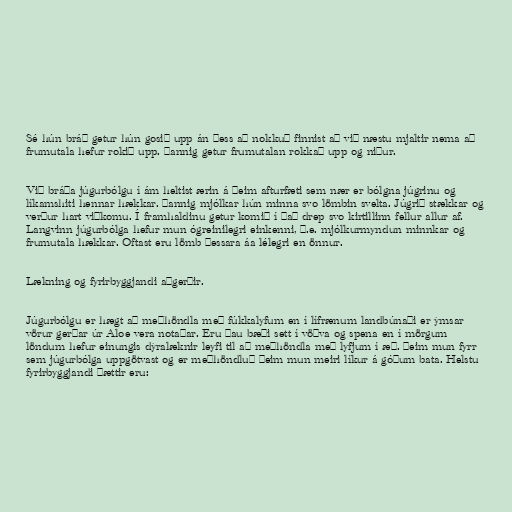
Sé hún bráð getur hún gosið upp án þess að nokkuð finnist að við næstu mjaltir nema að
frumutala hefur rokið upp. Þannig getur frumutalan rokkað upp og niður.

Við bráða júgurbólgu í ám heltist ærin á þeim afturfæti sem nær er bólgna júgrinu og
líkamshiti hennar hækkar. Þannig mjólkar hún minna svo lömbin svelta. Júgrið stækkar og
verður hart viðkomu. Í framhaldinu getur komið í það drep svo kirtillinn fellur allur af.
Langvinn júgurbólga hefur mun ógreinilegri einkenni, þ.e. mjólkurmyndun minnkar og
frumutala hækkar. Oftast eru lömb þessara áa lélegri en önnur.

Lækning og fyrirbyggjandi aðgerðir.

Júgurbólgu er hægt að meðhöndla með fúkkalyfum en í lífrænum landbúnaði er ýmsar
vörur gerðar úr Aloe vera notaðar. Eru þau bæði sett í vöðva og spena en í mörgum
löndum hefur einungis dýralæknir leyfi til að meðhöndla með lyfjum í æð. Þeim mun fyrr
sem júgurbólga uppgötvast og er meðhöndluð þeim mun meiri líkur á góðum bata. Helstu
fyrirbyggjandi þættir eru: